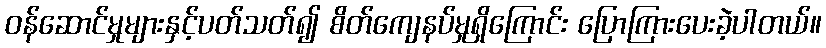
ဝန်ဆောင်မှုများနှင့်ပတ်သတ်၍ စိတ်ကျေနပ်မှုရှိကြောင်း ပြောကြားပေးခဲ့ပါတယ်။